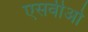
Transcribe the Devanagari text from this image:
एसवीओ